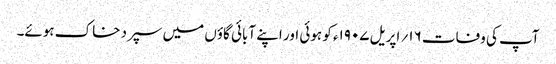
آپ کی وفات ۱۶؍ اپریل ۱۹۰۷ء کو ہوئی اور اپنے آبائی گاؤں میں سپرد خاک ہوئے۔